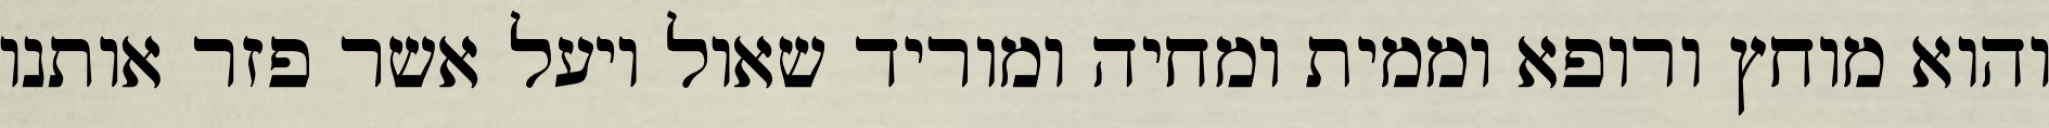
והוא מוחץ ורופא וממית ומחיה ומוריד שאול ויעל אשר פזר אותנו